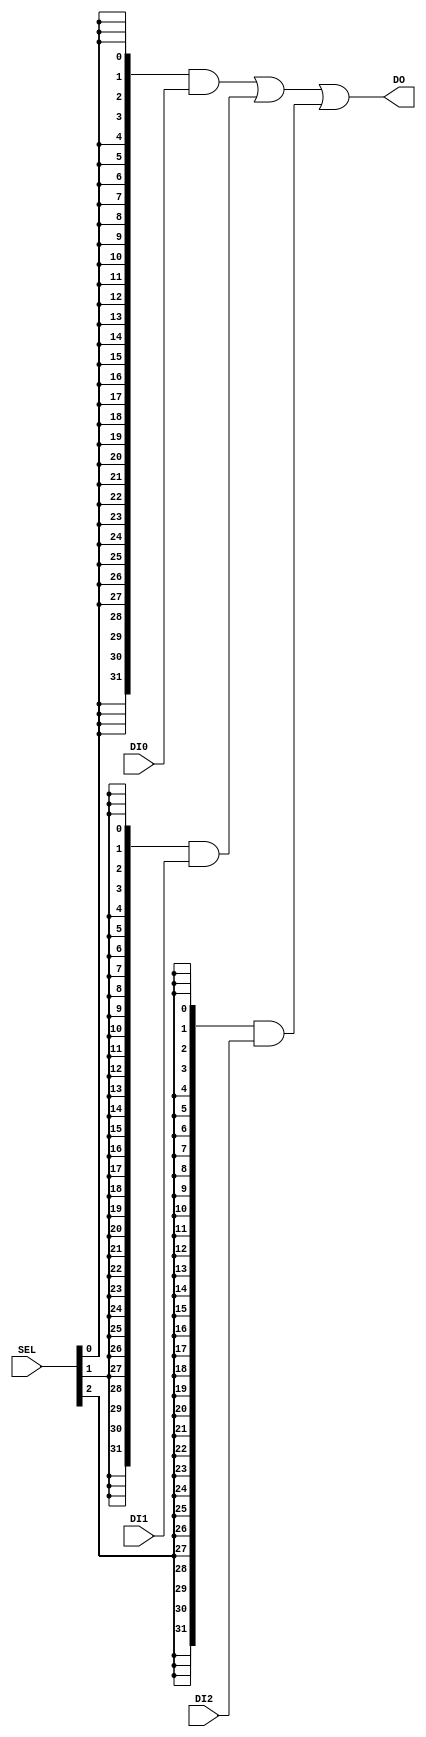
/******************************************************************************
*                                                                             *
*                               Core-A Processor                              *
*                                                                             *
* 									     MUX	                              *
*                                                                             *
*******************************************************************************
*                                                                             *
*  Copyright (c) 2008 by Integrated Computer Systems Lab. (ICSL), KAIST       *
*                                                                             *
*  All rights reserved.                                                       *
*                                                                             *
*  Do Not duplicate without prior written consent of ICSL, KAIST.             *
*                                                                             *
*                                                                             *
*                                                  Designed By Ji-Hoon Kim    *
*                                                             Duk-Hyun You    *
*                                                             Ki-Seok Kwon    *
*                                                              Eun-Joo Bae    *
*                                                              Won-Hee Son    *
*                                                                             *
*                                              Supervised By In-Cheol Park    *
*                                                                             *
*                                                                             *
*******************************************************************************/


// DI0 SERIES OF MUXES
// ENCODING OF MUX_CTRL MUST BE ONE HOT.
module MUX3to1 #(parameter	BITWIDTH = 32)	(
	input	wire	[BITWIDTH-1:0]		DI0,
	input	wire	[BITWIDTH-1:0]		DI1,
	input	wire	[BITWIDTH-1:0]		DI2,
	input	wire	[2:0]				SEL,
	output	wire	[BITWIDTH-1:0]		DO
);
	
	assign DO = ({ BITWIDTH {SEL[0]}} & DI0) |
				 ({ BITWIDTH {SEL[1]}} & DI1) |
				 ({ BITWIDTH {SEL[2]}} & DI2);
endmodule

module MUX4to1 #(parameter	BITWIDTH = 32)	(
	input	wire	[BITWIDTH-1:0]		DI0,
	input	wire	[BITWIDTH-1:0]		DI1,
	input	wire	[BITWIDTH-1:0]		DI2,
	input	wire	[BITWIDTH-1:0]		DI3,
	input	wire	[3:0]				SEL,
	output	wire	[BITWIDTH-1:0]		DO
);
	
	assign DO = ({ BITWIDTH {SEL[0]}} & DI0) |
				 ({ BITWIDTH {SEL[1]}} & DI1) |
				 ({ BITWIDTH {SEL[2]}} & DI2) |
				 ({ BITWIDTH {SEL[3]}} & DI3);
endmodule

module MUX5to1 #(parameter	BITWIDTH = 32)	(
	input	wire	[BITWIDTH-1:0]		DI0,
	input	wire	[BITWIDTH-1:0]		DI1,
	input	wire	[BITWIDTH-1:0]		DI2,
	input	wire	[BITWIDTH-1:0]		DI3,
	input	wire	[BITWIDTH-1:0]		DI4,
	input	wire	[4:0]				SEL,
	output	wire	[BITWIDTH-1:0]		DO
);
	
	assign DO = ({ BITWIDTH {SEL[0]}} & DI0) |
				 ({ BITWIDTH {SEL[1]}} & DI1) |
				 ({ BITWIDTH {SEL[2]}} & DI2) |
				 ({ BITWIDTH {SEL[3]}} & DI3) |
				 ({ BITWIDTH {SEL[4]}} & DI4);
endmodule

module MUX6to1 #(parameter	BITWIDTH = 32)	(
	input	wire	[BITWIDTH-1:0]		DI0,
	input	wire	[BITWIDTH-1:0]		DI1,
	input	wire	[BITWIDTH-1:0]		DI2,
	input	wire	[BITWIDTH-1:0]		DI3,
	input	wire	[BITWIDTH-1:0]		DI4,
	input	wire	[BITWIDTH-1:0]		DI5,
	input	wire	[5:0]				SEL,
	output	wire	[BITWIDTH-1:0]		DO
);
	
	assign DO = ({ BITWIDTH {SEL[0]}} & DI0) |
				 ({ BITWIDTH {SEL[1]}} & DI1) |
				 ({ BITWIDTH {SEL[2]}} & DI2) |
				 ({ BITWIDTH {SEL[3]}} & DI3) |
				 ({ BITWIDTH {SEL[4]}} & DI4) |
				 ({ BITWIDTH {SEL[5]}} & DI5);
endmodule

module MUX7to1 #(parameter	BITWIDTH = 32)	(
	input	wire	[BITWIDTH-1:0]		DI0,
	input	wire	[BITWIDTH-1:0]		DI1,
	input	wire	[BITWIDTH-1:0]		DI2,
	input	wire	[BITWIDTH-1:0]		DI3,
	input	wire	[BITWIDTH-1:0]		DI4,
	input	wire	[BITWIDTH-1:0]		DI5,
	input	wire	[BITWIDTH-1:0]		DI6,
	input	wire	[6:0]				SEL,
	output	wire	[BITWIDTH-1:0]		DO
);
	
	assign DO = ({ BITWIDTH {SEL[0]}} & DI0) |
				 ({ BITWIDTH {SEL[1]}} & DI1) |
				 ({ BITWIDTH {SEL[2]}} & DI2) |
				 ({ BITWIDTH {SEL[3]}} & DI3) |
				 ({ BITWIDTH {SEL[4]}} & DI4) |
				 ({ BITWIDTH {SEL[5]}} & DI5) |
				 ({ BITWIDTH {SEL[6]}} & DI6);
endmodule

module MUX8to1 #(parameter	BITWIDTH = 32)	(
	input	wire	[BITWIDTH-1:0]		DI0,
	input	wire	[BITWIDTH-1:0]		DI1,
	input	wire	[BITWIDTH-1:0]		DI2,
	input	wire	[BITWIDTH-1:0]		DI3,
	input	wire	[BITWIDTH-1:0]		DI4,
	input	wire	[BITWIDTH-1:0]		DI5,
	input	wire	[BITWIDTH-1:0]		DI6,
	input	wire	[BITWIDTH-1:0]		DI7,
	input	wire	[7:0]				SEL,
	output	wire	[BITWIDTH-1:0]		DO
);
	
	assign DO = ({ BITWIDTH {SEL[0]}} & DI0) |
				 ({ BITWIDTH {SEL[1]}} & DI1) |
				 ({ BITWIDTH {SEL[2]}} & DI2) |
				 ({ BITWIDTH {SEL[3]}} & DI3) |
				 ({ BITWIDTH {SEL[4]}} & DI4) |
				 ({ BITWIDTH {SEL[5]}} & DI5) |
				 ({ BITWIDTH {SEL[6]}} & DI6) |
				 ({ BITWIDTH {SEL[7]}} & DI7);
endmodule

module MUX9to1 #(parameter	BITWIDTH = 32)	(
	input	wire	[BITWIDTH-1:0]		DI0,
	input	wire	[BITWIDTH-1:0]		DI1,
	input	wire	[BITWIDTH-1:0]		DI2,
	input	wire	[BITWIDTH-1:0]		DI3,
	input	wire	[BITWIDTH-1:0]		DI4,
	input	wire	[BITWIDTH-1:0]		DI5,
	input	wire	[BITWIDTH-1:0]		DI6,
	input	wire	[BITWIDTH-1:0]		DI7,
	input	wire	[BITWIDTH-1:0]		DI8,
	input	wire	[8:0]				SEL,
	output	wire	[BITWIDTH-1:0]		DO
);
	
	assign DO = ({ BITWIDTH {SEL[0]}} & DI0) |
				 ({ BITWIDTH {SEL[1]}} & DI1) |
				 ({ BITWIDTH {SEL[2]}} & DI2) |
				 ({ BITWIDTH {SEL[3]}} & DI3) |
				 ({ BITWIDTH {SEL[4]}} & DI4) |
				 ({ BITWIDTH {SEL[5]}} & DI5) |
				 ({ BITWIDTH {SEL[6]}} & DI6) |
				 ({ BITWIDTH {SEL[7]}} & DI7) |
				 ({ BITWIDTH {SEL[8]}} & DI8);
endmodule

module MUX10to1 #(parameter	BITWIDTH = 32)	(
	input	wire	[BITWIDTH-1:0]		DI0,
	input	wire	[BITWIDTH-1:0]		DI1,
	input	wire	[BITWIDTH-1:0]		DI2,
	input	wire	[BITWIDTH-1:0]		DI3,
	input	wire	[BITWIDTH-1:0]		DI4,
	input	wire	[BITWIDTH-1:0]		DI5,
	input	wire	[BITWIDTH-1:0]		DI6,
	input	wire	[BITWIDTH-1:0]		DI7,
	input	wire	[BITWIDTH-1:0]		DI8,
	input	wire	[BITWIDTH-1:0]		DI9,
	input	wire	[9:0]				SEL,
	output	wire	[BITWIDTH-1:0]		DO
);
	
	assign DO = ({ BITWIDTH {SEL[0]}} & DI0) |
				 ({ BITWIDTH {SEL[1]}} & DI1) |
				 ({ BITWIDTH {SEL[2]}} & DI2) |
				 ({ BITWIDTH {SEL[3]}} & DI3) |
				 ({ BITWIDTH {SEL[4]}} & DI4) |
				 ({ BITWIDTH {SEL[5]}} & DI5) |
				 ({ BITWIDTH {SEL[6]}} & DI6) |
				 ({ BITWIDTH {SEL[7]}} & DI7) |
				 ({ BITWIDTH {SEL[8]}} & DI8) |
				 ({ BITWIDTH {SEL[9]}} & DI9);
endmodule

module MUX16to1 #(parameter BITWIDTH = 1)	(
	input	wire	[BITWIDTH-1:0]		DI0,
	input	wire	[BITWIDTH-1:0]		DI1,
	input	wire	[BITWIDTH-1:0]		DI2,
	input	wire	[BITWIDTH-1:0]		DI3,
	input	wire	[BITWIDTH-1:0]		DI4,
	input	wire	[BITWIDTH-1:0]		DI5,
	input	wire	[BITWIDTH-1:0]		DI6,
	input	wire	[BITWIDTH-1:0]		DI7,
	input	wire	[BITWIDTH-1:0]		DI8,
	input	wire	[BITWIDTH-1:0]		DI9,
	input	wire	[BITWIDTH-1:0]		DI10,
	input	wire	[BITWIDTH-1:0]		DI11,
	input	wire	[BITWIDTH-1:0]		DI12,
	input	wire	[BITWIDTH-1:0]		DI13,
	input	wire	[BITWIDTH-1:0]		DI14,
	input	wire	[BITWIDTH-1:0]		DI15,
	input	wire	[15:0]				SEL,
	output	wire	[BITWIDTH-1:0]		DO
);
	
	assign DO	= ({ BITWIDTH {SEL[0]}} & DI0)
				| ({ BITWIDTH {SEL[1]}} & DI1)
				| ({ BITWIDTH {SEL[2]}} & DI2)
				| ({ BITWIDTH {SEL[3]}} & DI3)
				| ({ BITWIDTH {SEL[4]}} & DI4)
				| ({ BITWIDTH {SEL[5]}} & DI5)
				| ({ BITWIDTH {SEL[6]}} & DI6)
				| ({ BITWIDTH {SEL[7]}} & DI7)
				| ({ BITWIDTH {SEL[8]}} & DI8)
				| ({ BITWIDTH {SEL[9]}} & DI9)
				| ({ BITWIDTH {SEL[10]}} & DI10)
				| ({ BITWIDTH {SEL[11]}} & DI11)
				| ({ BITWIDTH {SEL[12]}} & DI12)
				| ({ BITWIDTH {SEL[13]}} & DI13)
				| ({ BITWIDTH {SEL[14]}} & DI14)
				| ({ BITWIDTH {SEL[15]}} & DI15);
endmodule